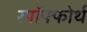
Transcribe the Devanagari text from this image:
स्पॉफ्फोर्थ